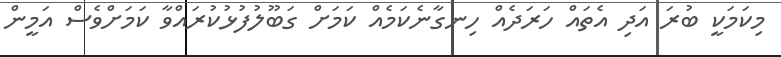
މިކަމަކީ ބުރަ އަދި އެތައް ހަރަދެއް ހިނގާނެކަމެއް ކަމަށް ގަބޫލުފުޅުކުރައްވާ ކަމަށްވެސް އަމީން